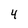
Character: 4